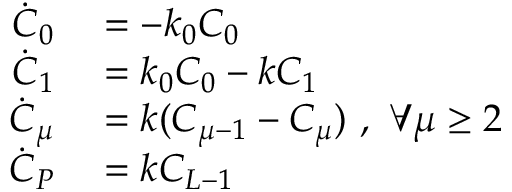
\begin{array} { r l } { \dot { C } _ { 0 } } & { { } = - k _ { 0 } C _ { 0 } } \\ { \dot { C } _ { 1 } } & { { } = k _ { 0 } C _ { 0 } - k C _ { 1 } } \\ { \dot { C } _ { \mu } } & { { } = k ( C _ { \mu - 1 } - C _ { \mu } ) \ , \ \forall \mu \geq 2 } \\ { \dot { C } _ { P } } & { { } = k C _ { L - 1 } } \end{array}